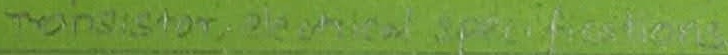
Text: Transistor, electrical specifications